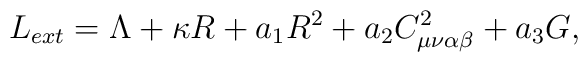
L_{ext} = \Lambda + \kappa R +a_1 R^2 +a_2C_{\mu\nu\alpha\beta}^2+a_3 G,